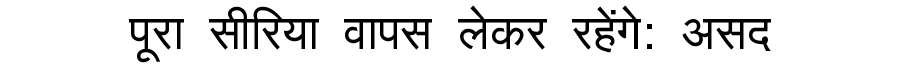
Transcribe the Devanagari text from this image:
पूरा सीरिया वापस लेकर रहेंगे: असद